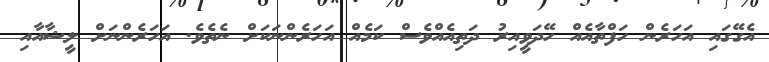
އެގޭގައި އަހަރެން ހަފްތާއެއް ހޭދަވީއިރު ދަތިއެއްވެސް ކަމެއް އަހަރެންނަކަށް ނެތެވެ. އަހަރެންނަށް ލީޝާއާއި